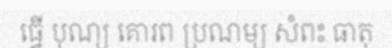
ធ្វើ បុណ្យ គោរព ប្រណម្យ សំពះ ធាតុ